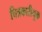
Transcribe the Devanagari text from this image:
चित्रकारीयुक्त